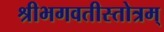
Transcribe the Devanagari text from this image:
श्रीभगवतीस्तोत्रम्